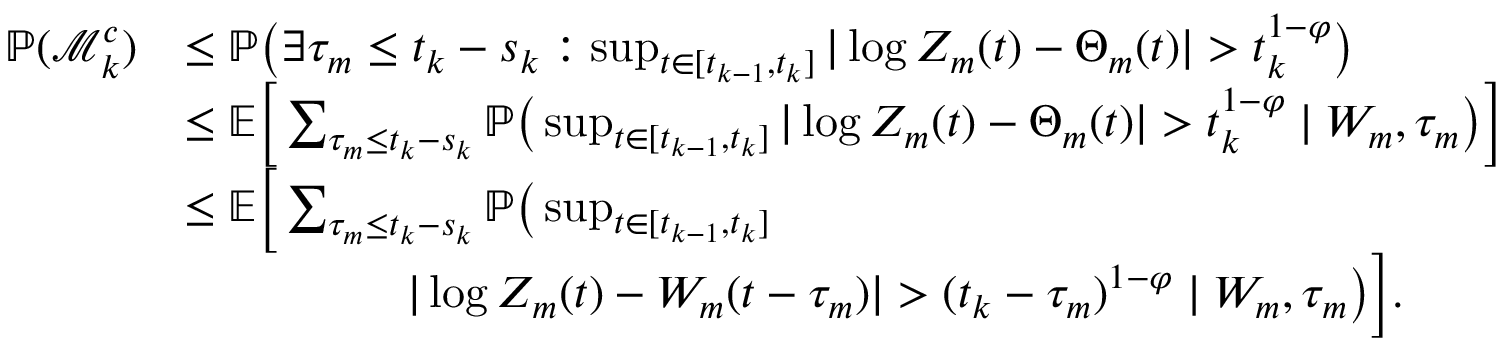
\begin{array} { r l } { \mathbb { P } ( \mathcal M _ { k } ^ { c } ) } & { \leq \mathbb { P } \big ( \exists \tau _ { m } \leq t _ { k } - s _ { k } : \operatorname* { s u p } _ { t \in [ t _ { k - 1 } , t _ { k } ] } | \log Z _ { m } ( t ) - \Theta _ { m } ( t ) | > t _ { k } ^ { 1 - \varphi } \big ) } \\ & { \leq \mathbb { E } \Big [ \sum _ { \tau _ { m } \leq t _ { k } - s _ { k } } \mathbb { P } \big ( \operatorname* { s u p } _ { t \in [ t _ { k - 1 } , t _ { k } ] } | \log Z _ { m } ( t ) - \Theta _ { m } ( t ) | > t _ { k } ^ { 1 - \varphi } \mid W _ { m } , \tau _ { m } \big ) \Big ] } \\ & { \leq \mathbb { E } \Big [ \sum _ { \tau _ { m } \leq t _ { k } - s _ { k } } \mathbb { P } \big ( \operatorname* { s u p } _ { t \in [ t _ { k - 1 } , t _ { k } ] } } \\ & { \phantom { l a d i d a d i d a } | \log Z _ { m } ( t ) - W _ { m } ( t - \tau _ { m } ) | > ( t _ { k } - \tau _ { m } ) ^ { 1 - \varphi } \mid W _ { m } , \tau _ { m } \big ) \Big ] . } \end{array}